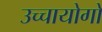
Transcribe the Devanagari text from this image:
उच्चायोगों